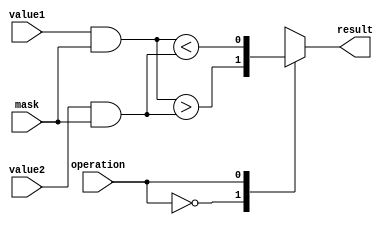
module MaskedComparator (
    input [7:0] value1,
    input [7:0] value2,
    input [7:0] mask,
    input operation,
    output reg result
);

wire [7:0] masked_value1;
wire [7:0] masked_value2;

assign masked_value1 = value1 & mask;
assign masked_value2 = value2 & mask;

always @(*) begin
    case(operation)
        2'b00: result = masked_value1 > masked_value2;
        2'b01: result = masked_value1 < masked_value2;
        2'b10: result = masked_value1 == masked_value2;
        default: result = 0;
    endcase
end

endmodule